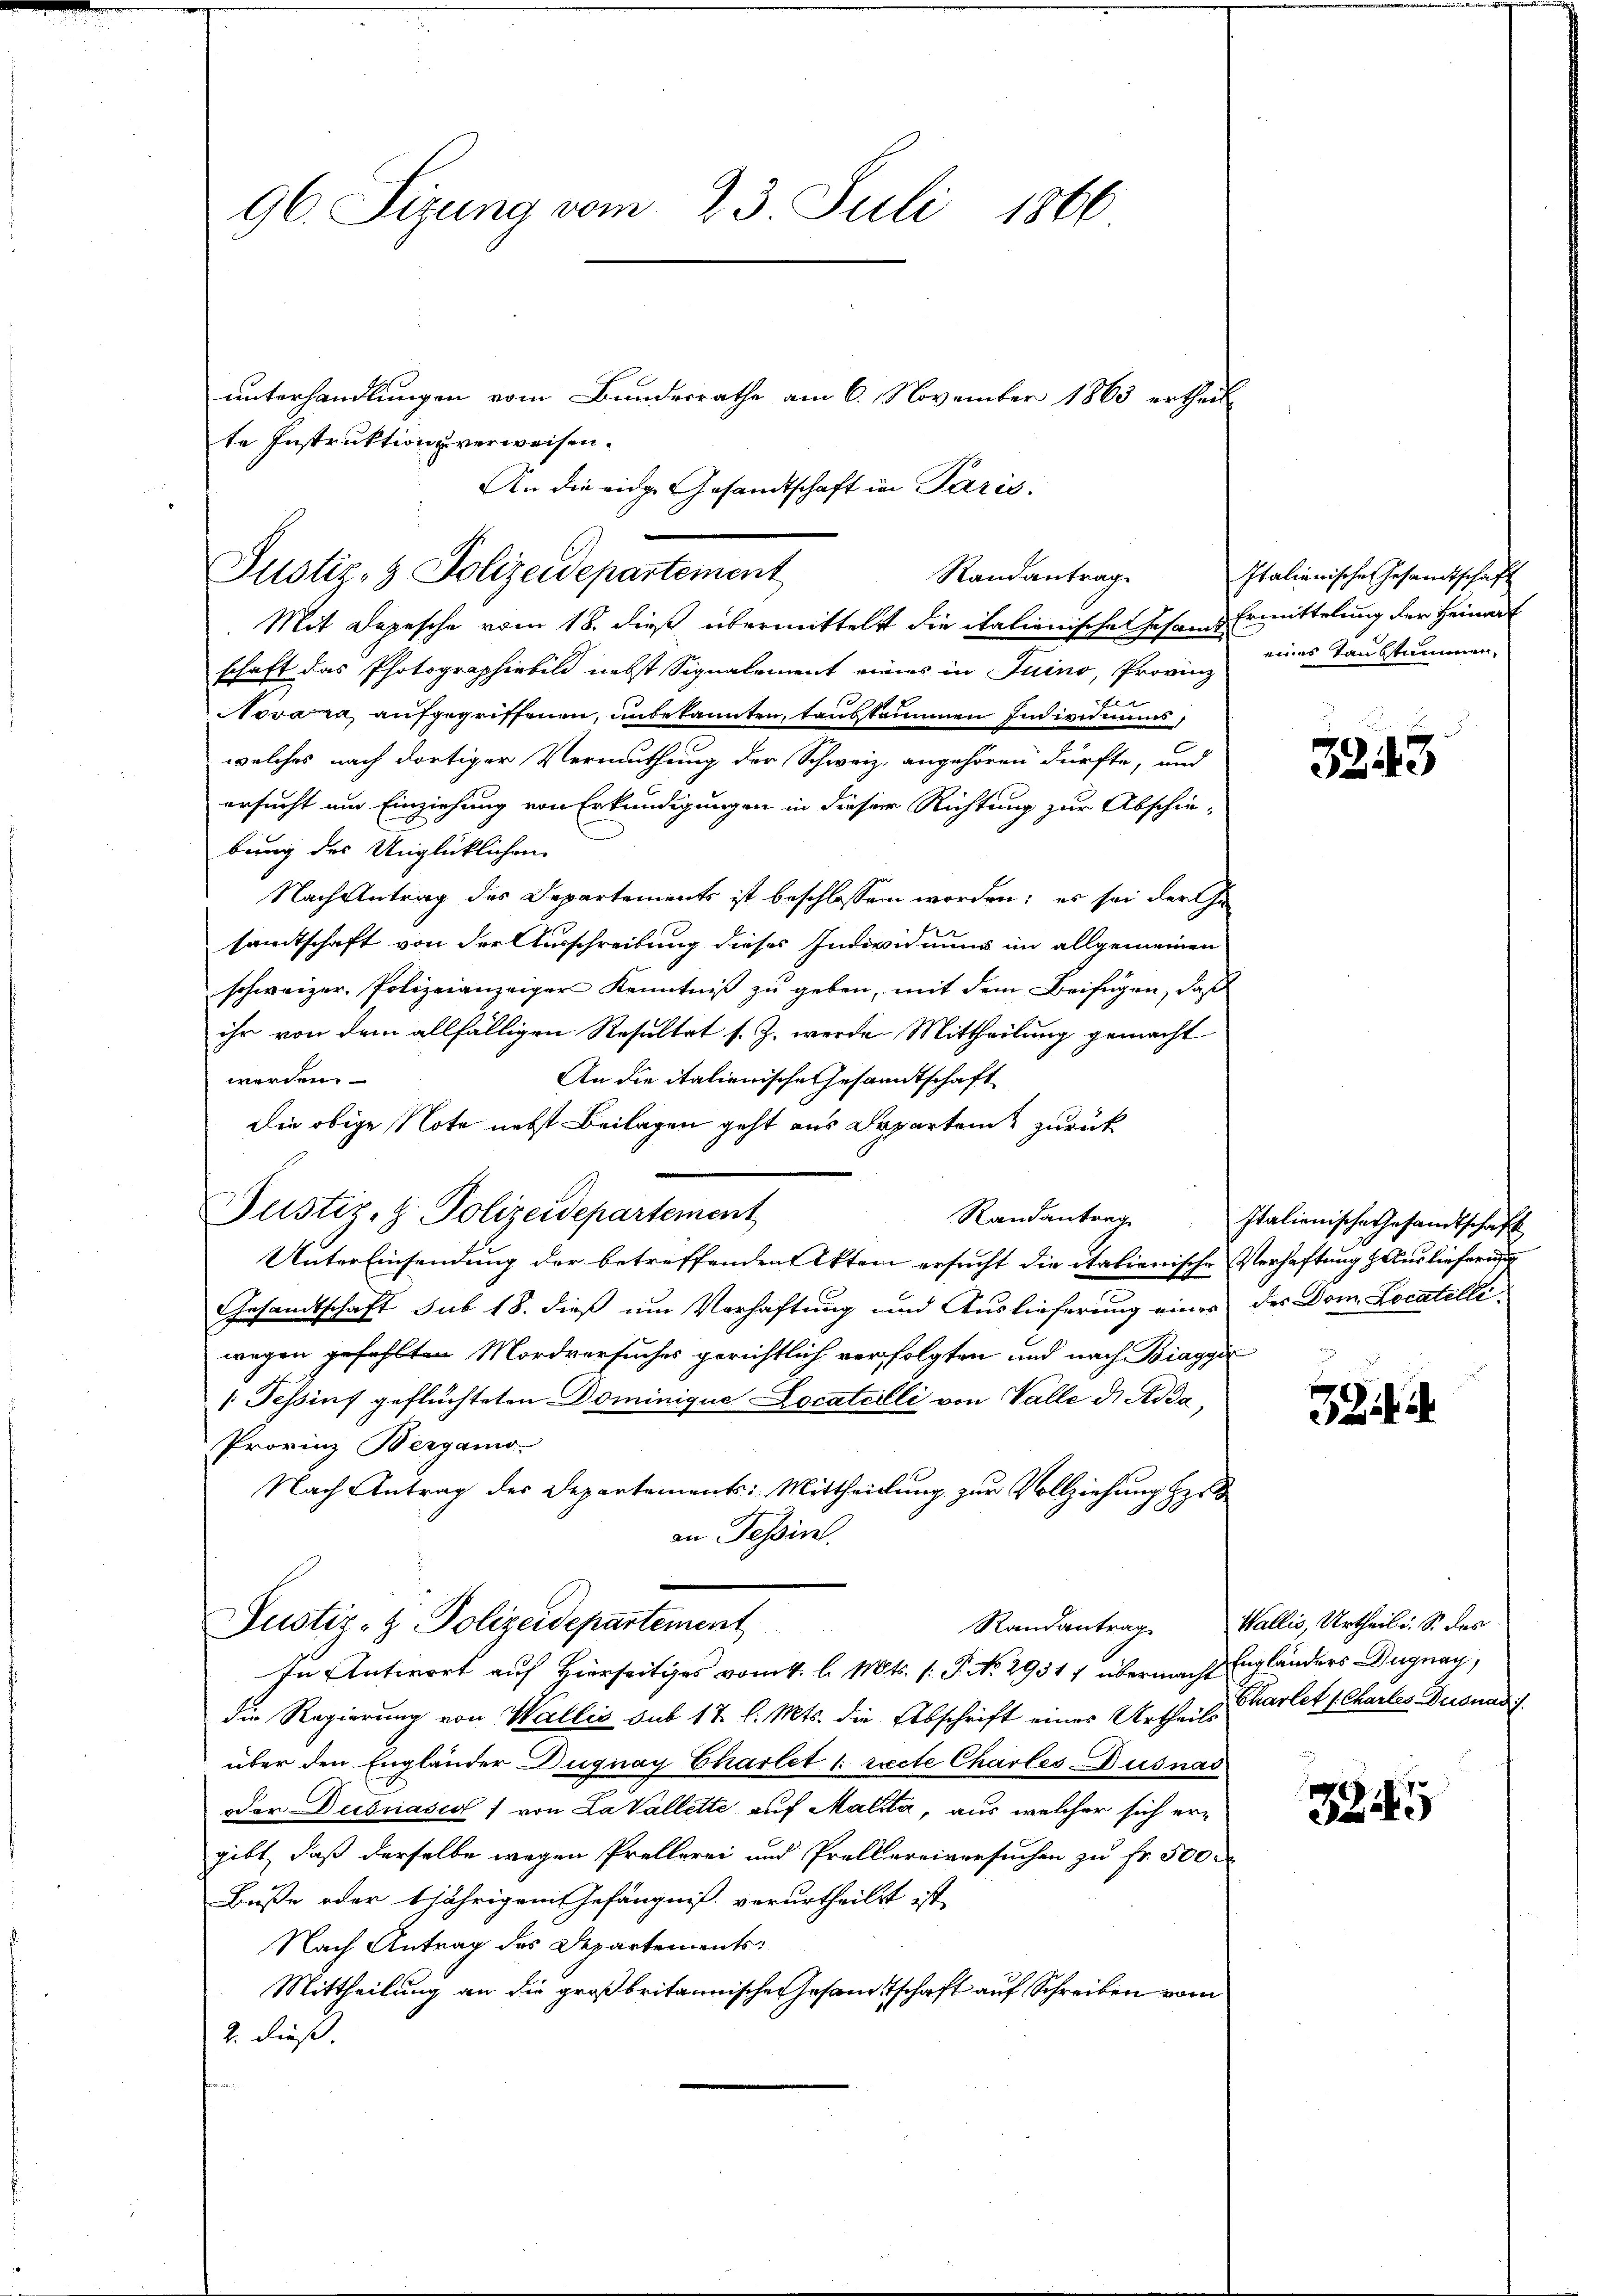
96. Sizung vom 23. Juli 1866
unterhandlungen vom Bundesrathe am 6. November 1863 ertheil
te Instruktion verweisen.

Justiz- & Polizeidepartement
Randantrag
Mit Depesche vom 18. dieß übermittelst die italienische sehend Ermittelung der Heimat

An die eidge Gesandtschaft in Paris.

schaft das Photographirbild nebst Signalement eines in Juino, Provinz
Novaza, aufgegriffenen, unbekannten, tauskammen Individuums,
welches nach dortiger Vermuthung der Schweiz, angehören dürfte, und
ersucht um Einziehung von Erkundigungen in dieser Richtung zur Abschie-
bung des Unglücklichen
Nach Antrag des Departements ist beschlossen worden; es sei der Ge
samtschaft von der Ausschreibung dieses Individuums im allgemeinen
schweizer. Polizeianzeiger Kenntniß zu geben, mit dem Beifügen, daß
ihr von dem allfälligen Resultat s. Z. werde. Mittheilung gemacht
An die italienische Gesandtschaft
werden.
Die obige Note nebst Beilagen geht aus Departen zurück
Justiz- & Polizeidepartement
Randantrag
Unter Einsendung der betreffenden Akten ersucht die italienische Verhaftung zur lieferung
Gesandtschaft sub 18. dieß um Verhaftung und Auslieferung eines der Dom. Locatelli-
wegen gefühlten Mordversuches gerichtlich verfolgten und nach Biagger
 Tessins geflüchteten Dominique Locatailli von Valle di Adda,
Provinz Bergamo-
Nach Antrag des Departements: Mittheilung zur Vollziehung Her
an Tessin.

Justiz- & Polizeidepartement
In Antwort auf Hierseitiges vom 4. l. Mts. (: P. No. 2931/ übermacht Engländers Dugnay,

Italienische Gesandtschaft
eines Taustummen,

die Regierung von Wallis sub 17 l. Mts. die Abschrift eines Urtheile Kartet (Chartes Buonas
über den Engländer Dugnay Charlet u. recte CharlésDusnas
Der Decsnasco f von La Vallette auf Malita, aus welcher sich ergibt, daß derselbe wegen Prellerei und Prollereiversuchen zu fr. 500
Buße oder 6jährigem Gefängniß verurtheilt ist.
Nach Antrag des Departements:
Mittheilung an die großbritannische Gesamtschaft auf Schreiben vom
2. dieß.

3243

Italienische Gesandtschaft

Randantrag Wallis, Urtheil d. S. des

3